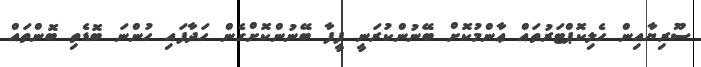
ސޫރިޔާއިން ހެލިކޮޕްޓަރުތައް ޢާންމުކޮށް ބޭނުންކުރަނީ ފީފާ ބޭނުންކޮށްގެން ހަދާފައި ހުންނަ ބޮޑެތި ބޮންތައް